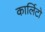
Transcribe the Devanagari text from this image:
कार्लिटो